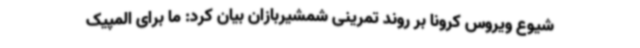
شیوع ویروس کرونا بر روند تمرینی شمشیربازان بیان کرد: ما برای المپیک